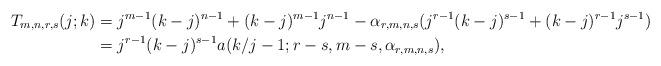
LaTeX: \begin{align*} T_{m,n,r,s}(j;k)& =j^{m-1}(k-j)^{n-1}+(k-j)^{m-1}j^{n-1}-\alpha_{r,m,n,s}(j^{r-1}(k-j)^{s-1}+(k-j)^{r-1}j^{s-1}) \\ &=j^{r-1}(k-j)^{s-1}a(k/j-1;r-s, m-s, \alpha_{r,m,n,s}),\end{align*}